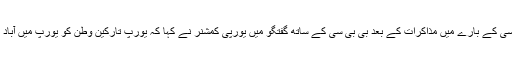
پاکستانی حکام کے ساتھ تارکین وطن کی واپسی کے بارے میں مذاکرات کے بعد بی بی سی کے ساتھ گفتگو میں یورپی کمشنر نے کہا کہ یورپ تارکین وطن کو یورپ میں آباد کرنے کے لیے ایک جامع پالیسی بنا رہا ہے۔